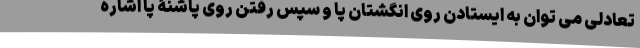
تعادلی می توان به ایستادن روی انگشتان پا و سپس رفتن روی پاشنۀ پا اشاره